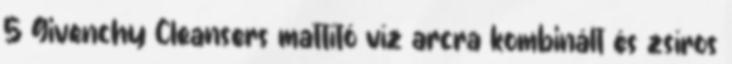
5 Givenchy Cleansers mattító víz arcra kombinált és zsíros